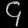
Digit: ၄